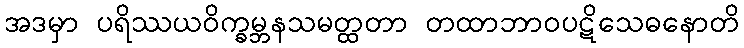
အဒမှာ ပရိဿယဝိက္ခမ္ဘနသမတ္ထတာ တထာဘာဝပဋိသေဓနောတိ